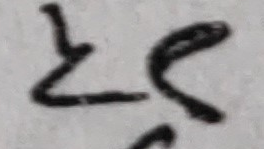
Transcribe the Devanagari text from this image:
रहेछ